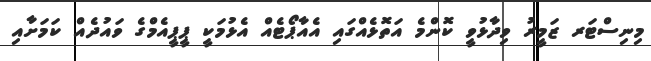
މިނިސްޓަރ ޒަމީރު ވިދާޅުވީ ކޮންމެ އަތޮޅެއްގައި އެއާޕޯޓެއް އެޅުމަކީ ޕީޕީއެމްގެ ވައުދެއް ކަމަށާއި